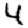
Digit: 4